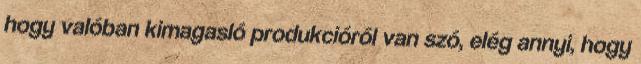
hogy valóban kimagasló produkcióról van szó, elég annyi, hogy